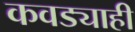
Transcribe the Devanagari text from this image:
कवड्याही